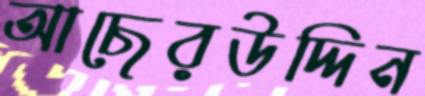
আছেরউদ্দিন